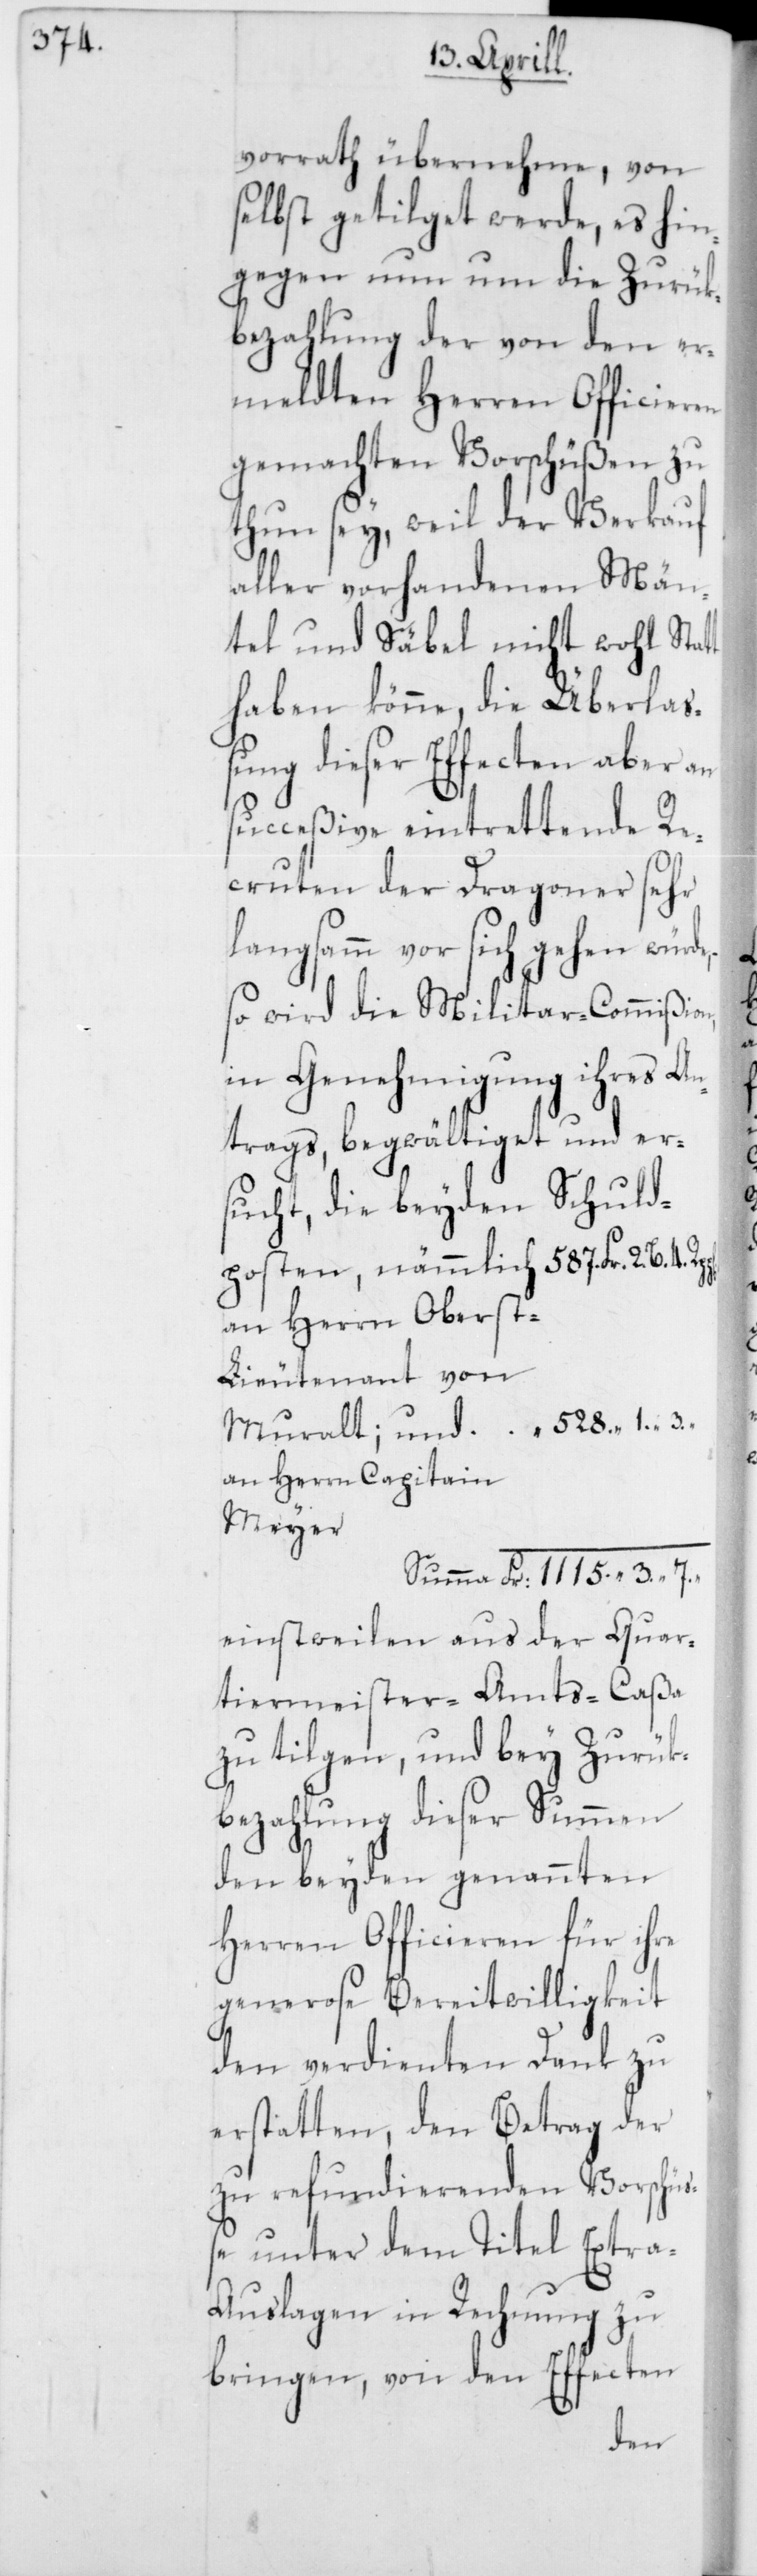
will¬
vorrath übernehme, von
selbst getilget werde, es hin¬
gegen nun um die Zurük¬
kbezahlung dieser
den er¬
meldten Herren Offi¬
gemachten Vorsch¬
n zu
thun sey, weil der Verkauf
Dank
aller vorhandenen
igkeit
tel und Säbel nicht
erlaß¬
haben könne, die Üb¬
ung dieser Effecten aber an
succeßive eintretten¬
Extr¬
cruten der Dragoner sehr
langsamm vor sich gehen würde,
so wird die Militar-Commißion,
in Genehmigung ihres An¬
trags, begwältiget und er¬
sucht, die beyden Schuld¬
an Herrn Oberst-L¬
ieutenant von
Muralt und
an Herrn Capitain
Meyer
Zurü¬
trag der
einstweilen aus
zu tilgen, und bey
den beyden
Herren Offic¬
generose Bereit¬
den verdien¬
erstatten, den Be¬
zu refundierenden
unter dem Titel
a-Auslagen in Rechnung zu
bringen, von den Effec¬
ten